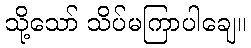
သို့သော် သိပ်မကြာပါချေ။